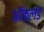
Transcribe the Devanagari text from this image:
ऑक्लंड